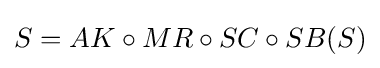
S=AK\circ MR\circ SC\circ SB(S)